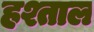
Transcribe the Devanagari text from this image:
हश्ताल